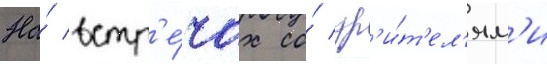
На́ встр'е́чах со́ зр'и́т'ел'ям'и